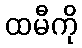
ထမီကို